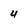
Character: 4